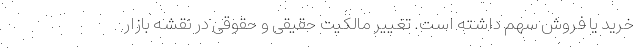
خرید یا فروش سهم داشته است. تغییر مالکیت حقیقی و حقوقی در نقشه بازار